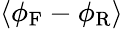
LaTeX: \langle\phi_{\mathrm{F}}-\phi_{\mathrm{R}}\rangle